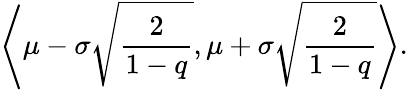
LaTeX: \left\langle\mu-\sigma\sqrt{\frac{2}{1-q}},\mu+\sigma\sqrt{\frac{2}{1-q}}\right\rangle.